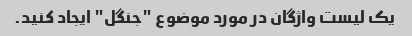
یک لیست واژگان در مورد موضوع "جنگل" ایجاد کنید.